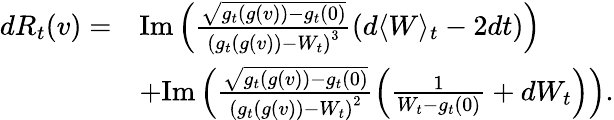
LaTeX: \begin{array}{rl}{dR_{t}(v)=}&{\mathrm{Im}\left(\frac{\sqrt{g_{t}(g(v))-g_{t}(0)}}{\left(g_{t}(g(v))-W_{t}\right)^{3}}(d\langle W\rangle_{t}-2dt)\right)}\\ &{+\mathrm{Im}\left(\frac{\sqrt{g_{t}(g(v))-g_{t}(0)}}{\left(g_{t}(g(v))-W_{t}\right)^{2}}\left(\frac{1}{W_{t}-g_{t}(0)}+dW_{t}\right)\right).}\end{array}